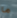
ما